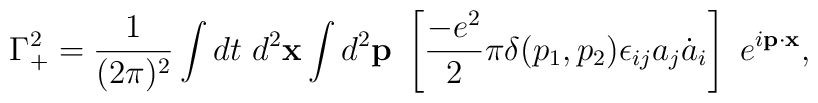
\Gamma_{+}^{2}=\frac{1}{(2\pi)^{2}}\int d t ~d^{2}{\bf x}\int d^{2}{\bf p}~\left[\frac{-e^{2}}{2}\pi\delta(p_{1}, p_{2})\epsilon_{ij}a_{j} \dot{a}_{i}\right]~ e^{i{\bf p}\cdot {\bf x}},